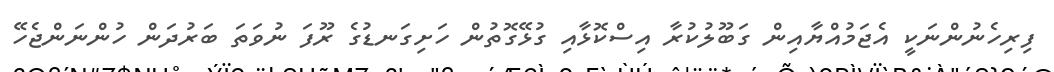
ފިރިހެނުންނަކީ އެޖަމުއްޔާއިން ގަބޫލުކުރާ އިސްކޮޅާއި ގުޅޭގޮތުން ހަށިގަނޑުގެ ރޫފަ ނުވަތަ ބަރުދަން ހުންނަންޖެހޭ